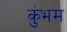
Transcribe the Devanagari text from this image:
कुंभम